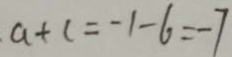
\cdot a + c = - 1 - 6 = - 7